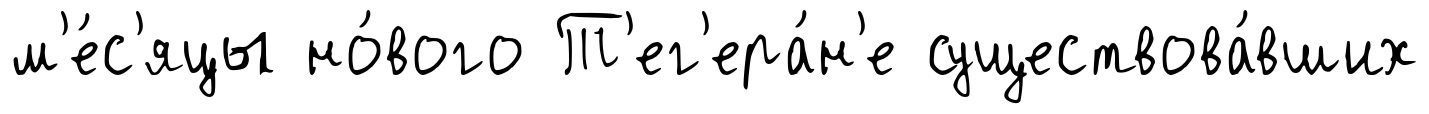
м'е́с'яцы но́вого Т'ег'ера́н'е существова́вших